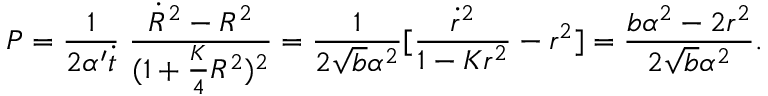
P = \frac { 1 } { 2 \alpha ^ { \prime } \dot { t } } \; \frac { \dot { R } ^ { 2 } - R ^ { 2 } } { ( 1 + \frac { K } { 4 } R ^ { 2 } ) ^ { 2 } } = \frac { 1 } { 2 \sqrt { b } \alpha ^ { 2 } } [ \frac { \dot { r } ^ { 2 } } { 1 - K r ^ { 2 } } - r ^ { 2 } ] = \frac { b \alpha ^ { 2 } - 2 r ^ { 2 } } { 2 \sqrt { b } \alpha ^ { 2 } } .